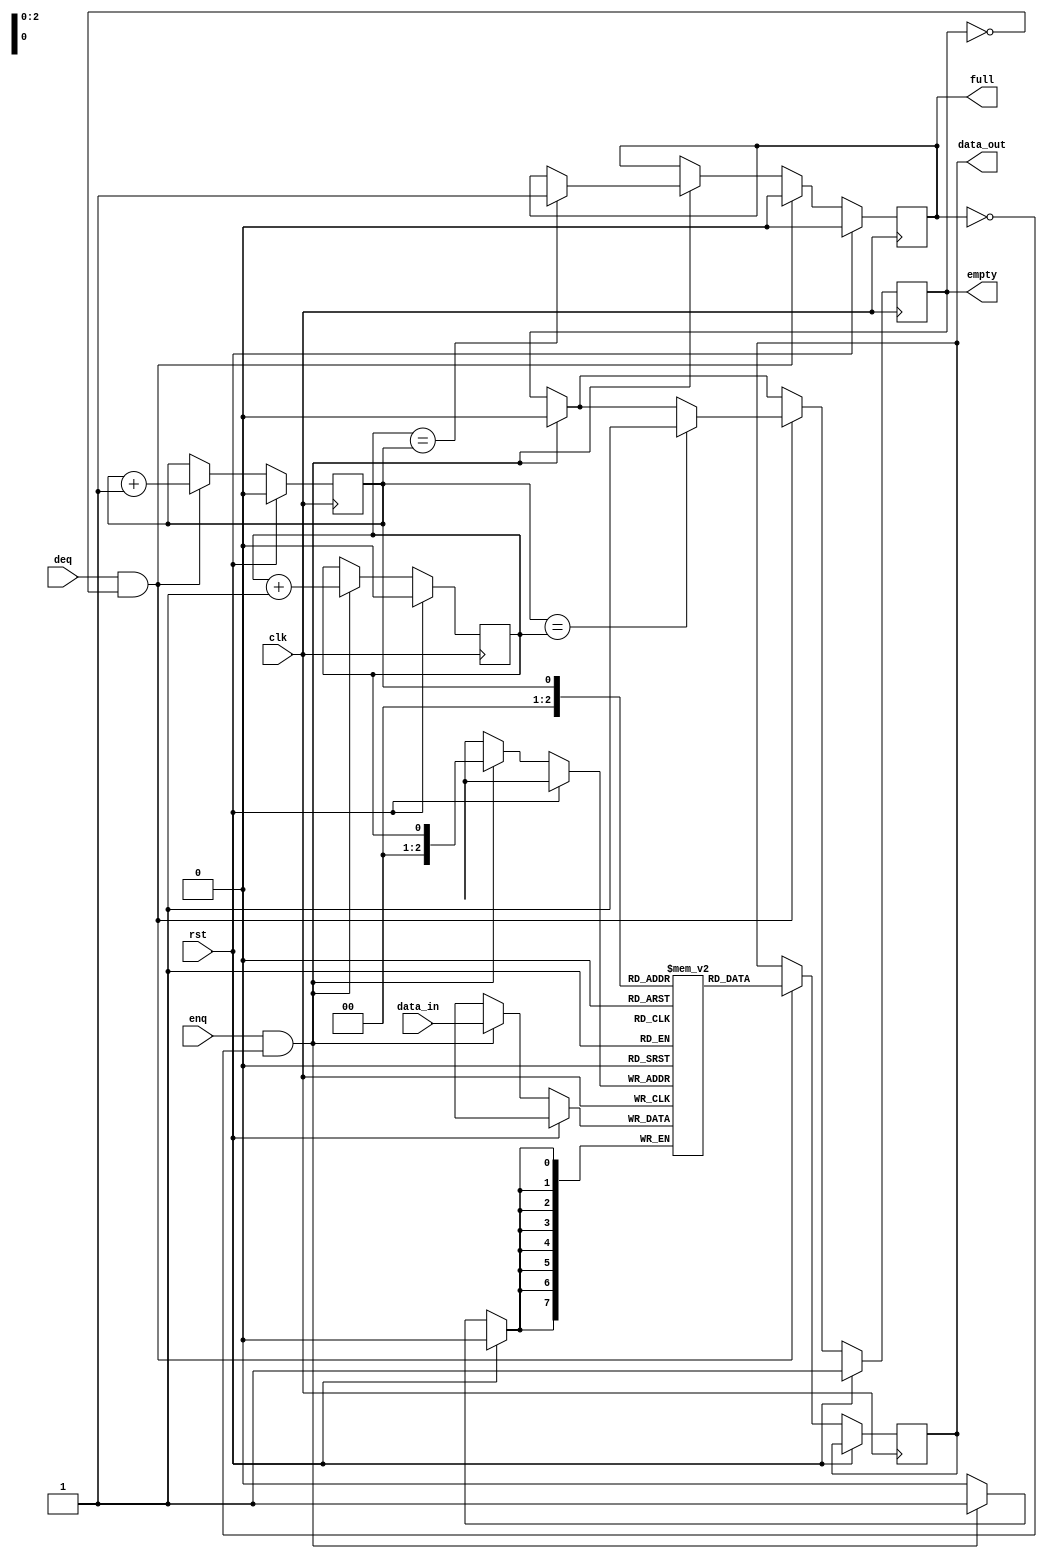
module cirular_fifo (
    input wire clk,
    input wire rst,
    input wire enq,
    input wire deq,
    input wire [DATA_WIDTH-1:0] data_in,
    output reg [DATA_WIDTH-1:0] data_out,
    output reg full,
    output reg empty
);

parameter DEPTH = 8; // Depth of the FIFO
parameter DATA_WIDTH = 8; // Width of the data bus

reg [DATA_WIDTH-1:0] mem [0:DEPTH-1];
reg head = 0;
reg tail = 0;

always @(posedge clk) begin
    if (rst) begin
        head <= 0;
        tail <= 0;
        full <= 0;
        empty <= 1;
    end else begin
        if (enq && !full) begin
            mem[head] <= data_in;
            head <= (head == DEPTH-1) ? 0 : head + 1;
            empty <= 0;
            if (head == tail) full <= 1;
        end
        if (deq && !empty) begin
            data_out <= mem[tail];
            tail <= (tail == DEPTH-1) ? 0 : tail + 1;
            full <= 0;
            if (tail == head) empty <= 1;
        end
    end
end

endmodule